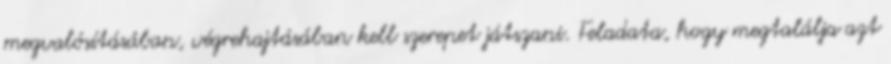
megvalósításában, végrehajtásában kell szerepet játszani. Feladata, hogy megtalálja azt